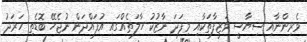
ވެރިންނާއި ސިޔާސީ ވަޒީފާތަކާއި މިފަދަ ނާޒުކު ހާލަތެއްގައި އުފައްދަން ނުޖެހޭ ބޮޑެތި ހަރަދު